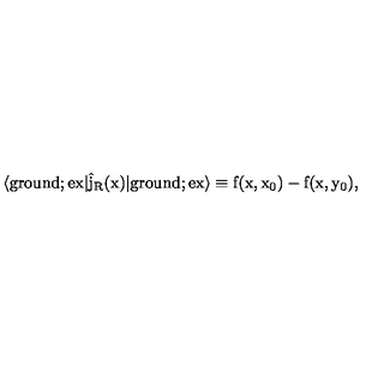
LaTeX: \langle \mathrm { g r o u n d } ; \mathrm { e x | \hat { j } _ { R } ( x ) | \mathrm { g r o u n d } ; \mathrm { e x \rangle \equiv f ( x , x _ { 0 } ) - f ( x , y _ { 0 } ) , } }